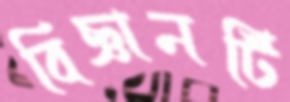
বিজ্ঞানটি